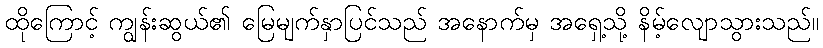
ထိုကြောင့် ကျွန်းဆွယ်၏ မြေမျက်နှာပြင်သည် အနောက်မှ အရှေ့သို့ နိမ့်လျောသွားသည်။